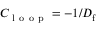
C _ { \mathrm { ~ l ~ o ~ o ~ p ~ } } = - 1 / D _ { \mathrm { f } }